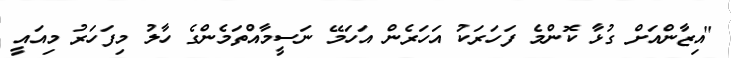
"އިޒާންއަށް ގުޅާ ކޮންމެ ފަހަރަކު އަހަރެން އަހަމޭ ނަސީމާއްތަމެންގެ ހާލު މިފަހަރު މިއައީ